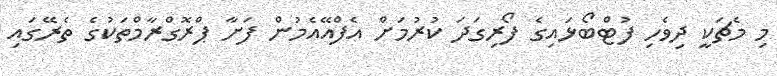
މި މެޗަކީ ދިވެހި ފުޓްބޯޅައިގެ ފޯރިގަދަ ކުރުމަށް އެފްއޭއެމުން ފަށާ ޕްރޮގްރާމްތަކުގެ ތެރޭގައި